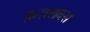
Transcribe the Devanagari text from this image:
क़ज़लबस